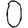
Digit: 0